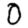
Digit: 0